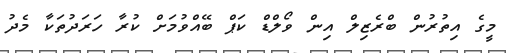
މީގެ އިތުރުން ބްރެޒިލް އިން ވޯލްޑް ކަޕް ބޭއްވުމަށް ކުރާ ހަރަދުތަކާ މެދު